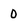
Character: 0